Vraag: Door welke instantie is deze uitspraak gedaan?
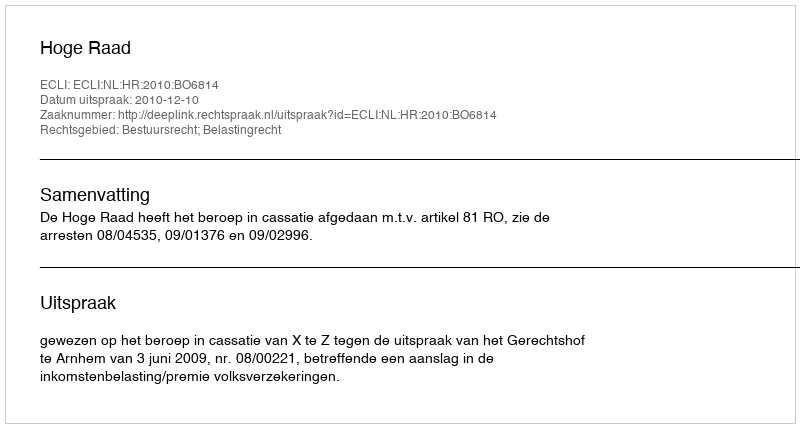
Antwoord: Hoge Raad